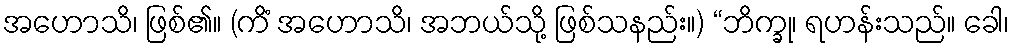
အဟောသိ၊ ဖြစ်၏။ (ကိံ အဟောသိ၊ အဘယ်သို့ ဖြစ်သနည်း။) “ဘိက္ခု၊ ရဟန်းသည်။ ခေါ၊